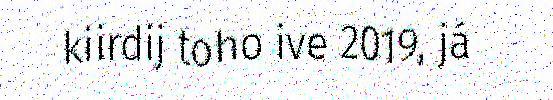
kiirdij toho ive 2019, já